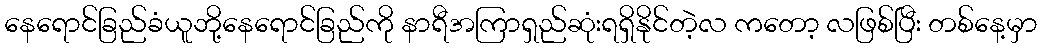
နေရောင်ခြည်ခံယူဘို့နေရောင်ခြည်ကို နာရီအကြာရှည်ဆုံးရရှိနိုင်တဲ့လ ကတော့ လဖြစ်ပြီး တစ်နေ့မှာ